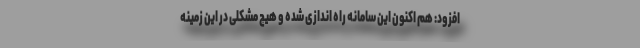
افزود: هم اکنون این سامانه راه اندازی شده و هیچ مشکلی در این زمینه